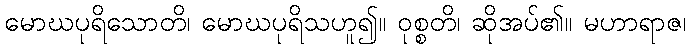
မောဃပုရိသောတိ၊ မောဃပုရိသဟူ၍။ ဝုစ္စတိ၊ ဆိုအပ်၏။ မဟာရာဇ၊